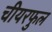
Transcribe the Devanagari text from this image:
चीयरफुल